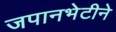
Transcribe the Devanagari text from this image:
जपानभेटीने